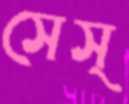
সেস্